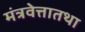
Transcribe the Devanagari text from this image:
मंत्रवेत्तातथा